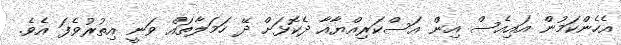
އެހެންކަމުން އައިއެސް އިން އަސްކަރިއްޔާއާ ދެކޮޅަށް ދޭ ހަމަލާތައް ވަނީ އިތުރުވެފަ އެވެ.